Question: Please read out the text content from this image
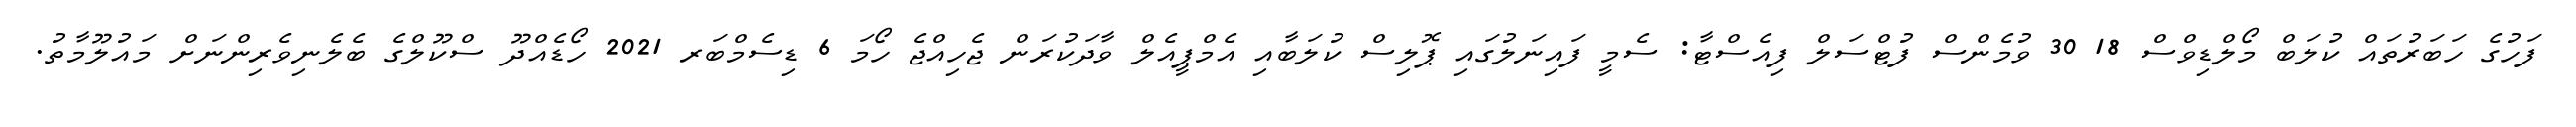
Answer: ފަހުގެ ހަބަރުތައް ކުލަބް މޯލްޑިވްސް 18 30 ވުމެންސް ފުޓްސަލް ފިއެސްޓާ: ސެމީ ފައިނަލުގައި ޕޮލިސް ކުލަބާއި އެމްޕީއެލް ވާދަކުރަން ޖެހިއްޖެ ހޯމަ 6 ޑިސެމްބަރ 2021 ހޯޑެއްދޫ ސްކޫލްގެ ބެލެނިވެރިންނަށް މައުލޫމާތު.